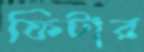
ফিটার